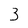
Character: 3